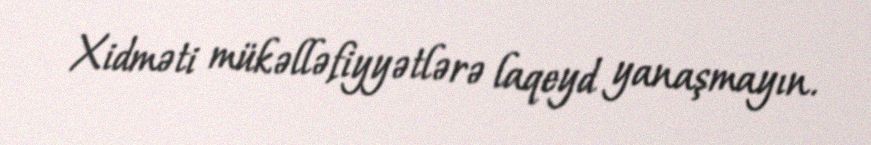
Xidməti mükəlləfiyyətlərə laqeyd yanaşmayın.